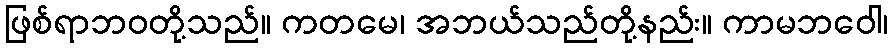
ဖြစ်ရာဘဝတို့သည်။ ကတမေ၊ အဘယ်သည်တို့နည်း။ ကာမဘဝေါ၊